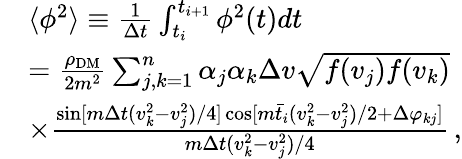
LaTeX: \begin{array}{rl}&{\langle\phi^{2}\rangle\equiv\frac 1{\Delta t}\int_{t_{i}}^{t_{i+1}}\phi^{2}(t)dt}\\ &{=\frac{\rho_{\mathrm{DM}}}{2m^{2}}\sum_{j,k=1}^{n}\alpha_{j}\alpha_{k}\Delta v\sqrt{f(v_{j})f(v_{k})}}\\ &{\times\frac{\sin[m\Delta t(v_{k}^{2}-v_{j}^{2})/4]\cos[m\bar{t}_{i}(v_{k}^{2}-v_{j}^{2})/2+\Delta\varphi_{kj}]}{m\Delta t(v_{k}^{2}-v_{j}^{2})/4}\, ,}\end{array}